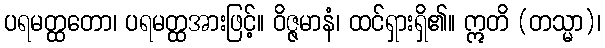
ပရမတ္ထတော၊ ပရမတ္ထအားဖြင့်။ ဝိဇ္ဇမာနံ၊ ထင်ရှားရှိ၏။ ဣတိ (တသ္မာ)၊